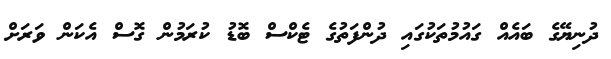
ދުނިޔޭގެ ބައެއް ގައުމުތަކުގައި ދުންފަތުގެ ޓެކްސް ބޮޑު ކުރަމުން ގޮސް އެކަން ވަރަށް